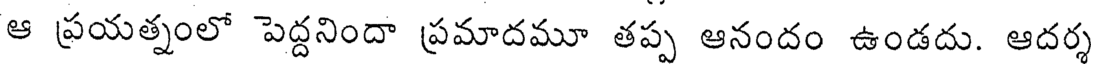
ఆ ప్రయత్నంలో పెద్దనిందా ప్రమాదమూ తప్ప ఆనందం ఉండదు. ఆదర్శ